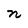
Character: n